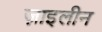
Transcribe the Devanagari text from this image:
ज़ाइलीन